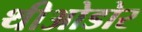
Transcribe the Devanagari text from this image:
थीओडोर